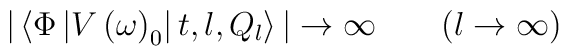
\big| \left\langle \Phi\left| V\left(\omega\right)_0 \right|t,l,Q_l\right\rangle\big| \to \infty \qquad (l \to \infty)